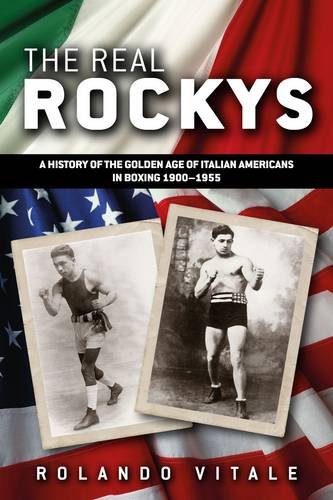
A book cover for The Real Rockys: A History of the Golden Age of Italian Americans in Boxing 1900-1955; Rolando Vitale; Sports & Outdoors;